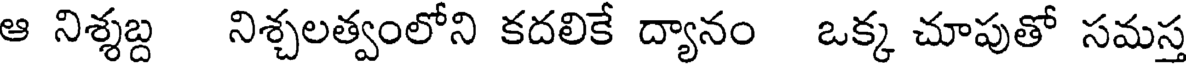
ఆ నిశ్శబ్ద నిశ్చలత్వంలోని కదలికే ద్యానం ఒక్క చూపుతో సమస్త